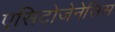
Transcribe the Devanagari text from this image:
एसिटोजेनेसिस